King Institute of Preventive Medicine Micro-Biological Section reports 1909-11
Year: 1909
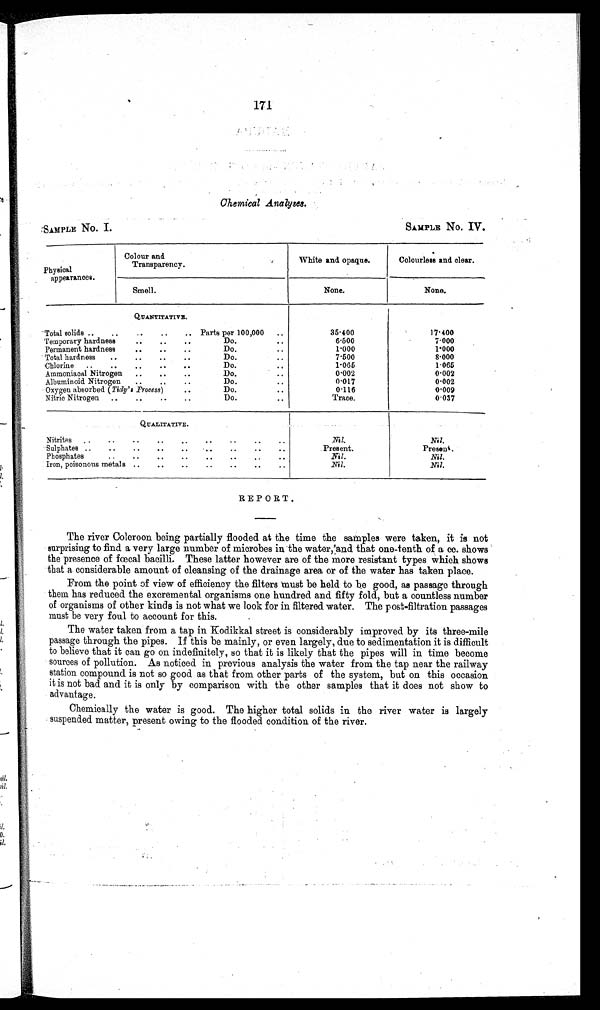
171
Chemical Analyses.
SAMPLE No. I.
SAMPLE No. IV.
Physical
appearances.
Colour and
Transparency.
White and opaque.
Colourless and clear.
Smell.
None.
None.
Q U A N T I T A T I V E .
Total solids ..
..
..
..
.. Parts per 100,000 ..
35.400
17.400
Temporary hardness
..
..
..
Do.
..
6 . 5 0 0
7.000
Permanent hardness
..
..
..
Do.
..
1 . 0 0 0
1.000
Total hardness ..
..
..
..
Do.
..
7 . 5 0 0
8.000
Chlorine ..
..
..
..
..
Do.
..
1.065
1.065
Ammoniacal Nitrogen ..
..
. .
Do.
..
0.002
0.002
Albuminoid Nitrogen ..
..
. .
Do.
. .
0.017
0.002
Oxygen absorbed ( Tidy's Process) ..
Do.
. .
0 . 1 1 6
0.009
Nitric Nitrogen ..
..
..
. .
Do.
..
T r a c e .
0.037
Q U A L I T A T I V E .
Nitrites ..
..
..
..
..
..
..
..
Nil.
Nil.
Sulphates ..
..
..
. .
. .
. .
. .
. .
Present.
Present.
Phosphates
..
..
..
..
..
..
..
Nil. Nil.
Iron, poisonous metals ..
..
..
..
..
..
..
Nil.
Nil.
REPORT.
The river Coleroon being partially flooded at the time the samples were taken, it is not
surprising to find a very large number of microbes in the water,.’and that one-tenth of a cc. shows
the presence of fœcal bacilli. These latter however are of the more resistant types which shows
that a considerable amount of cleansing of the drainage area or of the water has taken place.
From the point of view of efficiency the filters must be held to be good, as passage through
them has reduced the excremental organisms one hundred and fifty fold, but a countless number
of organisms of other kinds is not what we look for in filtered water. The post-filtration passages
must be very foul to account for this.
The water taken from a tap in Kodikkal street is considerably improved by its three-mile
passage through the pipes. If this be mainly, or even largely, due to sedimentation it is difficult
to believe that it can go on indefinitely, so that it is likely that the pipes will in time become
sources of pollution. As noticed in previous analysis the water from the tap near the railway
station compound is not so good as that from other parts of the system, but on this occasion
it is not bad and it is only by comparison with the other samples that it does not show to
advantage.
Chemically the water is good. The higher total solids in the river water is largely
suspended matter, present owing to the flooded condition of the river.